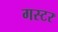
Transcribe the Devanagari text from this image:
गस्टर